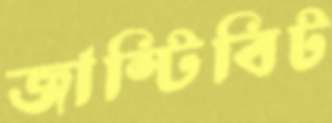
জাস্টিবিট